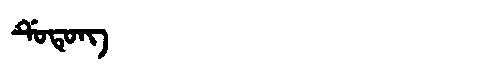
Manchu: ᡩᡠᡨᡠᠩ
Romanization: DUTUNG